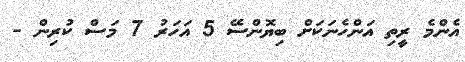
އެންމެ ރީތި އަންހެނަކަށް ބިޔޮންސޭ 5 އަހަރު 7 މަސް ކުރިން -